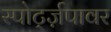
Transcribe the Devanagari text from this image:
स्पोर्ट्ज़पावर